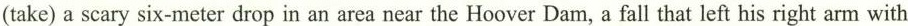
(take) a scary six-meter drop in an area near the Hoover Dam, a fall that left his right arm with